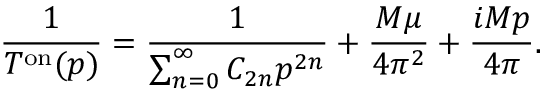
\frac { 1 } { T ^ { \mathrm { { o n } } } ( p ) } = \frac { 1 } { \sum _ { n = 0 } ^ { \infty } C _ { 2 n } p ^ { 2 n } } + \frac { M \mu } { 4 \pi ^ { 2 } } + \frac { i M p } { 4 \pi } .